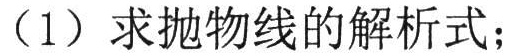
（1）求抛物线的解析式；